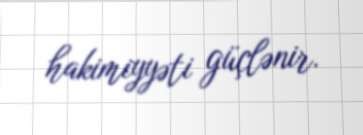
hakimiyyəti güçlənir.